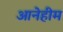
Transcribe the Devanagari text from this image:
आनेहीम